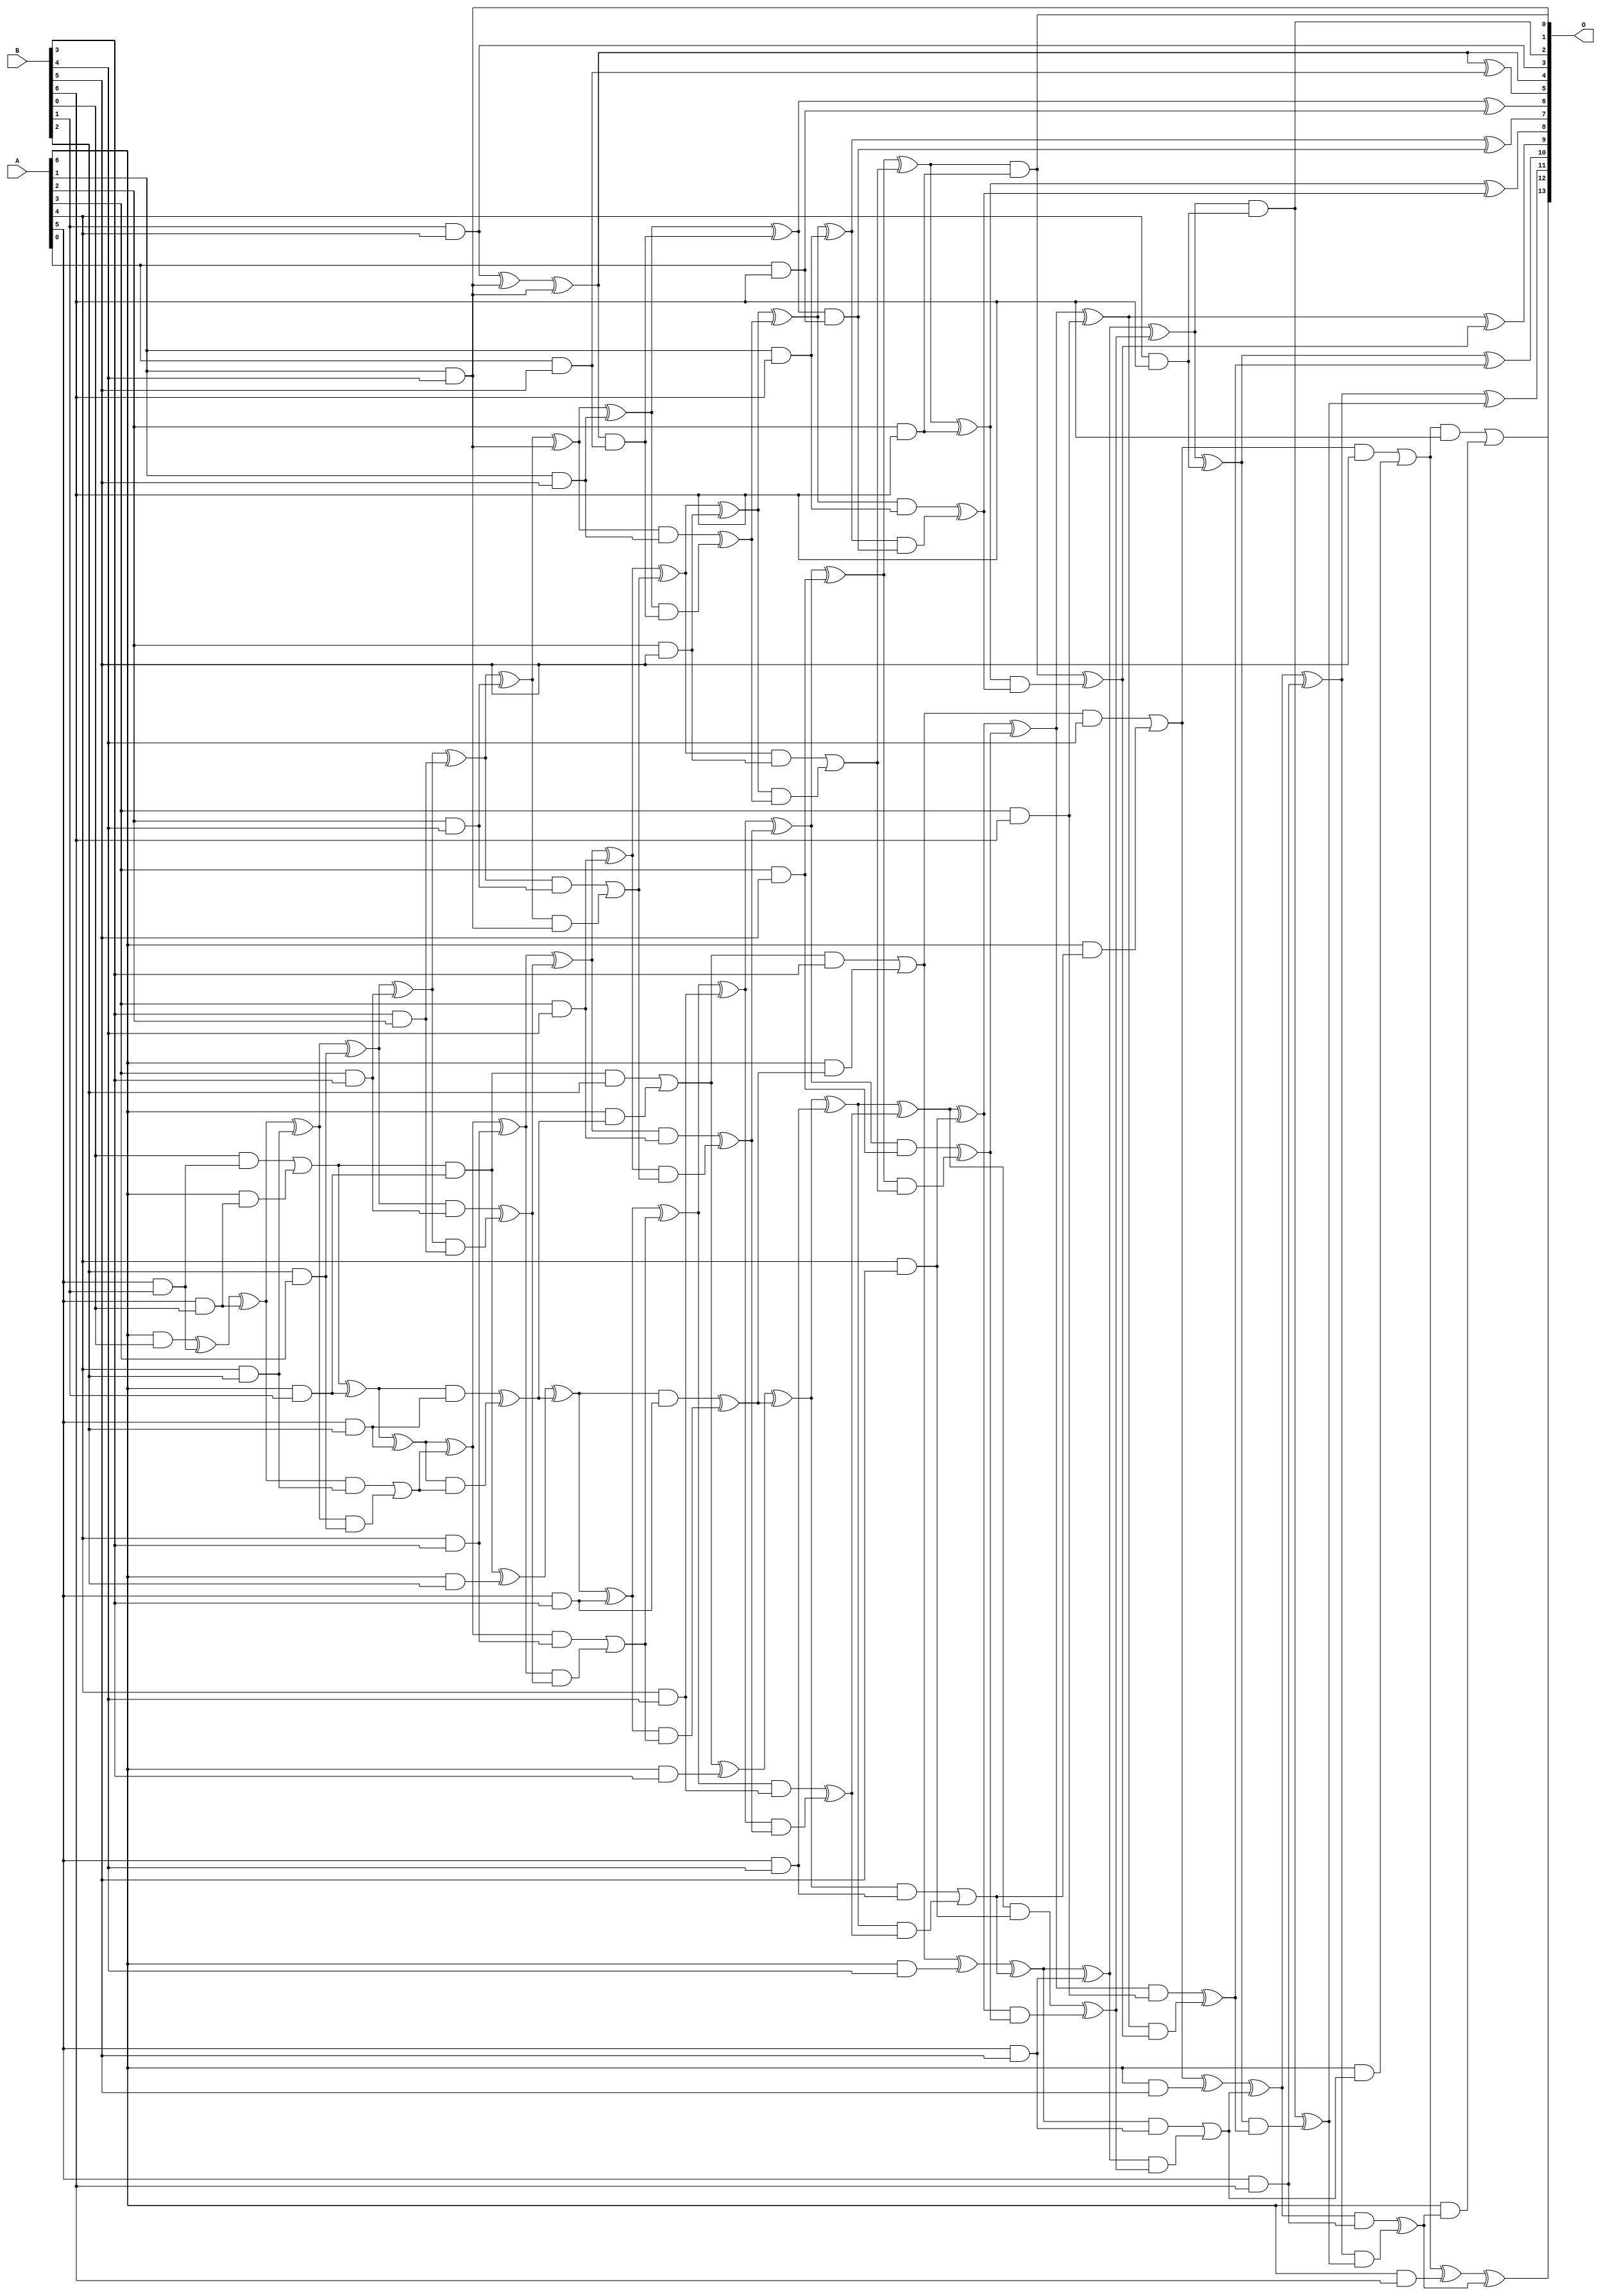
/***
* This code is a part of EvoApproxLib library (ehw.fit.vutbr.cz/approxlib) distributed under The MIT License.
* When used, please cite the following article(s): V. Mrazek, S. S. Sarwar, L. Sekanina, Z. Vasicek and K. Roy, "Design of power-efficient approximate multipliers for approximate artificial neural networks," 2016 IEEE/ACM International Conference on Computer-Aided Design (ICCAD), Austin, TX, 2016, pp. 1-7. doi: 10.1145/2966986.2967021 
* This file contains a circuit from a sub-set of pareto optimal circuits with respect to the pwr and mre parameters
***/
// MAE% = 0.12 %
// MAE = 20 
// WCE% = 0.49 %
// WCE = 80 
// WCRE% = 106.25 %
// EP% = 92.60 %
// MRE% = 2.84 %
// MSE = 613 
// PDK45_PWR = 0.207 mW
// PDK45_AREA = 403.6 um2
// PDK45_DELAY = 1.37 ns


module mul7u_05K(A, B, O);
  input [6:0] A, B;
  output [13:0] O;
  wire [6:0] A, B;
  wire [13:0] O;
  wire sig_20, sig_26, sig_27, sig_49, sig_50, sig_51;
  wire sig_52, sig_53, sig_54, sig_55, sig_56, sig_61;
  wire sig_62, sig_63, sig_80, sig_81, sig_82, sig_83;
  wire sig_84, sig_85, sig_86, sig_87, sig_88, sig_89;
  wire sig_90, sig_91, sig_92, sig_93, sig_94, sig_95;
  wire sig_99, sig_100, sig_101, sig_102, sig_114, sig_115;
  wire sig_116, sig_117, sig_118, sig_119, sig_120, sig_121;
  wire sig_122, sig_123, sig_124, sig_125, sig_126, sig_127;
  wire sig_128, sig_129, sig_130, sig_131, sig_132, sig_133;
  wire sig_134, sig_137, sig_138, sig_139, sig_140, sig_141;
  wire sig_143, sig_144, sig_148, sig_149, sig_150, sig_151;
  wire sig_152, sig_153, sig_154, sig_155, sig_156, sig_157;
  wire sig_158, sig_159, sig_160, sig_161, sig_162, sig_163;
  wire sig_164, sig_165, sig_166, sig_167, sig_168, sig_169;
  wire sig_170, sig_171, sig_172, sig_173, sig_174, sig_175;
  wire sig_176, sig_177, sig_178, sig_179, sig_180, sig_182;
  wire sig_183, sig_184, sig_185, sig_186, sig_187, sig_188;
  wire sig_189, sig_190, sig_191, sig_192, sig_193, sig_194;
  wire sig_195, sig_196, sig_197, sig_198, sig_199, sig_200;
  wire sig_201, sig_202, sig_203, sig_204, sig_205, sig_206;
  wire sig_207, sig_208, sig_209, sig_210, sig_211, sig_212;
  wire sig_213, sig_214, sig_215, sig_216, sig_217, sig_218;
  wire sig_219, sig_221, sig_222, sig_223, sig_224, sig_226;
  wire sig_227, sig_229, sig_231, sig_232, sig_233, sig_234;
  wire sig_236, sig_237, sig_239, sig_241, sig_242, sig_243;
  wire sig_244, sig_246, sig_247, sig_248, sig_249;
  assign sig_20 = A[6] & B[0];
  assign sig_26 = A[5] & B[1];
  assign sig_27 = A[6] & B[1];
  assign sig_49 = A[5] & B[0];
  assign sig_50 = sig_20 ^ sig_26;
  assign sig_51 = B[0] & sig_26;
  assign sig_52 = A[6] & sig_49;
  assign sig_53 = sig_50 ^ sig_49;
  assign sig_54 = sig_51 | sig_52;
  assign sig_55 = sig_54 ^ sig_27;
  assign sig_56 = sig_54 & sig_27;
  assign sig_61 = A[4] & B[2];
  assign sig_62 = A[5] & B[2];
  assign sig_63 = A[6] & B[2];
  assign sig_80 = B[2] & A[3];
  assign sig_81 = sig_53 ^ sig_61;
  assign sig_82 = sig_53 & sig_61;
  assign sig_83 = sig_81 & sig_80;
  assign sig_84 = sig_81 ^ sig_80;
  assign sig_85 = sig_82 | sig_83;
  assign sig_86 = sig_55 ^ sig_62;
  assign sig_87 = sig_55 & sig_62;
  assign sig_88 = sig_86 & sig_85;
  assign sig_89 = sig_86 ^ sig_85;
  assign sig_90 = sig_87 ^ sig_88;
  assign sig_91 = sig_56 ^ sig_63;
  assign sig_92 = sig_56 & B[2];
  assign sig_93 = A[6] & sig_90;
  assign sig_94 = sig_91 ^ sig_90;
  assign sig_95 = sig_92 | sig_93;
  assign sig_99 = A[3] & B[3];
  assign sig_100 = A[4] & B[3];
  assign sig_101 = A[5] & B[3];
  assign sig_102 = A[6] & B[3];
  assign O[3] = B[1] & A[4];
  assign sig_114 = B[3] & A[2];
  assign sig_115 = sig_84 ^ sig_99;
  assign sig_116 = sig_84 & sig_99;
  assign sig_117 = sig_115 & sig_114;
  assign sig_118 = sig_115 ^ sig_114;
  assign sig_119 = sig_116 ^ sig_117;
  assign sig_120 = sig_89 ^ sig_100;
  assign sig_121 = sig_89 & sig_100;
  assign sig_122 = sig_120 & sig_119;
  assign sig_123 = sig_120 ^ sig_119;
  assign sig_124 = sig_121 | sig_122;
  assign sig_125 = sig_94 ^ sig_101;
  assign sig_126 = sig_94 & sig_101;
  assign sig_127 = sig_125 & sig_124;
  assign sig_128 = sig_125 ^ sig_124;
  assign sig_129 = sig_126 ^ sig_127;
  assign sig_130 = sig_95 ^ sig_102;
  assign sig_131 = sig_95 & B[3];
  assign sig_132 = A[6] & sig_129;
  assign sig_133 = sig_130 ^ sig_129;
  assign sig_134 = sig_131 | sig_132;
  assign O[1] = A[1] & B[4];
  assign sig_137 = A[2] & B[4];
  assign sig_138 = A[3] & B[4];
  assign sig_139 = A[4] & B[4];
  assign sig_140 = A[5] & B[4];
  assign sig_141 = A[6] & B[4];
  assign sig_143 = B[4] & A[1];
  assign sig_144 = O[3] ^ O[1];
  assign O[4] = sig_144 ^ sig_143;
  assign sig_148 = A[1] & B[4];
  assign sig_149 = sig_118 ^ sig_137;
  assign sig_150 = sig_118 & sig_137;
  assign sig_151 = sig_149 & sig_148;
  assign sig_152 = sig_149 ^ sig_148;
  assign sig_153 = sig_150 | sig_151;
  assign sig_154 = sig_123 ^ sig_138;
  assign sig_155 = sig_123 & sig_138;
  assign sig_156 = sig_154 & sig_153;
  assign sig_157 = sig_154 ^ sig_153;
  assign sig_158 = sig_155 ^ sig_156;
  assign sig_159 = sig_128 ^ sig_139;
  assign sig_160 = sig_128 & sig_139;
  assign sig_161 = sig_159 & sig_158;
  assign sig_162 = sig_159 ^ sig_158;
  assign sig_163 = sig_160 ^ sig_161;
  assign sig_164 = sig_133 ^ sig_140;
  assign sig_165 = sig_133 & sig_140;
  assign sig_166 = sig_164 & sig_163;
  assign sig_167 = sig_164 ^ sig_163;
  assign sig_168 = sig_165 | sig_166;
  assign sig_169 = sig_134 ^ sig_141;
  assign sig_170 = sig_134 & B[4];
  assign sig_171 = A[6] & sig_168;
  assign sig_172 = sig_169 ^ sig_168;
  assign sig_173 = sig_170 | sig_171;
  assign sig_174 = A[0] & B[5];
  assign sig_175 = A[1] & B[5];
  assign sig_176 = A[2] & B[5];
  assign sig_177 = A[3] & B[5];
  assign sig_178 = A[4] & B[5];
  assign sig_179 = A[5] & B[5];
  assign sig_180 = A[6] & B[5];
  assign O[5] = O[4] ^ sig_174;
  assign sig_182 = O[4] & sig_174;
  assign sig_183 = sig_152 ^ sig_175;
  assign sig_184 = sig_152 & sig_175;
  assign sig_185 = sig_183 & sig_182;
  assign sig_186 = sig_183 ^ sig_182;
  assign sig_187 = sig_184 ^ sig_185;
  assign sig_188 = sig_157 ^ sig_176;
  assign sig_189 = sig_157 & sig_176;
  assign sig_190 = sig_188 & sig_187;
  assign sig_191 = sig_188 ^ sig_187;
  assign sig_192 = sig_189 | sig_190;
  assign sig_193 = sig_162 ^ sig_177;
  assign sig_194 = sig_162 & sig_177;
  assign sig_195 = sig_193 & sig_192;
  assign sig_196 = sig_193 ^ sig_192;
  assign sig_197 = sig_194 ^ sig_195;
  assign sig_198 = sig_167 ^ sig_178;
  assign sig_199 = sig_167 & sig_178;
  assign sig_200 = sig_198 & sig_197;
  assign sig_201 = sig_198 ^ sig_197;
  assign sig_202 = sig_199 ^ sig_200;
  assign sig_203 = sig_172 ^ sig_179;
  assign sig_204 = sig_172 & sig_179;
  assign sig_205 = sig_203 & sig_202;
  assign sig_206 = sig_203 ^ sig_202;
  assign sig_207 = sig_204 | sig_205;
  assign sig_208 = sig_173 ^ sig_180;
  assign sig_209 = sig_173 & B[5];
  assign sig_210 = A[6] & sig_207;
  assign sig_211 = sig_208 ^ sig_207;
  assign sig_212 = sig_209 | sig_210;
  assign sig_213 = A[0] & B[6];
  assign sig_214 = A[1] & B[6];
  assign sig_215 = A[2] & B[6];
  assign sig_216 = A[3] & B[6];
  assign sig_217 = A[4] & B[6];
  assign sig_218 = A[5] & B[6];
  assign sig_219 = A[6] & B[6];
  assign O[6] = sig_186 ^ sig_213;
  assign sig_221 = sig_186 & sig_213;
  assign sig_222 = sig_191 ^ sig_214;
  assign sig_223 = sig_191 & sig_214;
  assign sig_224 = sig_222 & sig_221;
  assign O[7] = sig_222 ^ sig_221;
  assign sig_226 = sig_223 ^ sig_224;
  assign sig_227 = sig_196 ^ sig_215;
  assign O[0] = sig_196 & sig_215;
  assign sig_229 = sig_227 & sig_226;
  assign O[8] = sig_227 ^ sig_226;
  assign sig_231 = O[0] ^ sig_229;
  assign sig_232 = sig_201 ^ sig_216;
  assign sig_233 = sig_201 & sig_216;
  assign sig_234 = sig_232 & sig_231;
  assign O[9] = sig_232 ^ sig_231;
  assign sig_236 = sig_233 ^ sig_234;
  assign sig_237 = sig_206 ^ sig_217;
  assign O[2] = sig_206 & sig_217;
  assign sig_239 = sig_237 & sig_236;
  assign O[10] = sig_237 ^ sig_236;
  assign sig_241 = O[2] ^ sig_239;
  assign sig_242 = sig_211 ^ sig_218;
  assign sig_243 = sig_211 & sig_218;
  assign sig_244 = sig_242 & sig_241;
  assign O[11] = sig_242 ^ sig_241;
  assign sig_246 = sig_243 ^ sig_244;
  assign sig_247 = sig_212 ^ sig_219;
  assign sig_248 = sig_212 & B[6];
  assign sig_249 = A[6] & sig_246;
  assign O[12] = sig_247 ^ sig_246;
  assign O[13] = sig_248 | sig_249;
endmodule